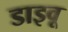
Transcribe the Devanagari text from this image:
डाइवू